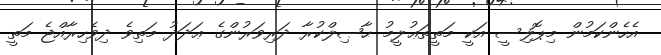
އެހެންކަމުން މިޕޮލިސީ އަކީ މަތީތަޢުލީމު ޙާޞިލްކުރާ ދަރިވަރުންގެ ޢަދަދު މަތިވެ ދިވެހިރާއްޖެ މަތީ